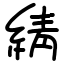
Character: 綪